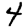
Digit: 4